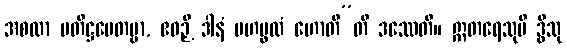
အစလာ ပတိဋ္ဌပေတဗ္ဗာ, ဧဝဉှိ ဒါနံ မဟပ္ဖလံ ဟောတီ”တိ ဒဿေတိ။ ဣတရေသုပိ ဒွီသု